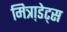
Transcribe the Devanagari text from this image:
मित्रा़डेट्स